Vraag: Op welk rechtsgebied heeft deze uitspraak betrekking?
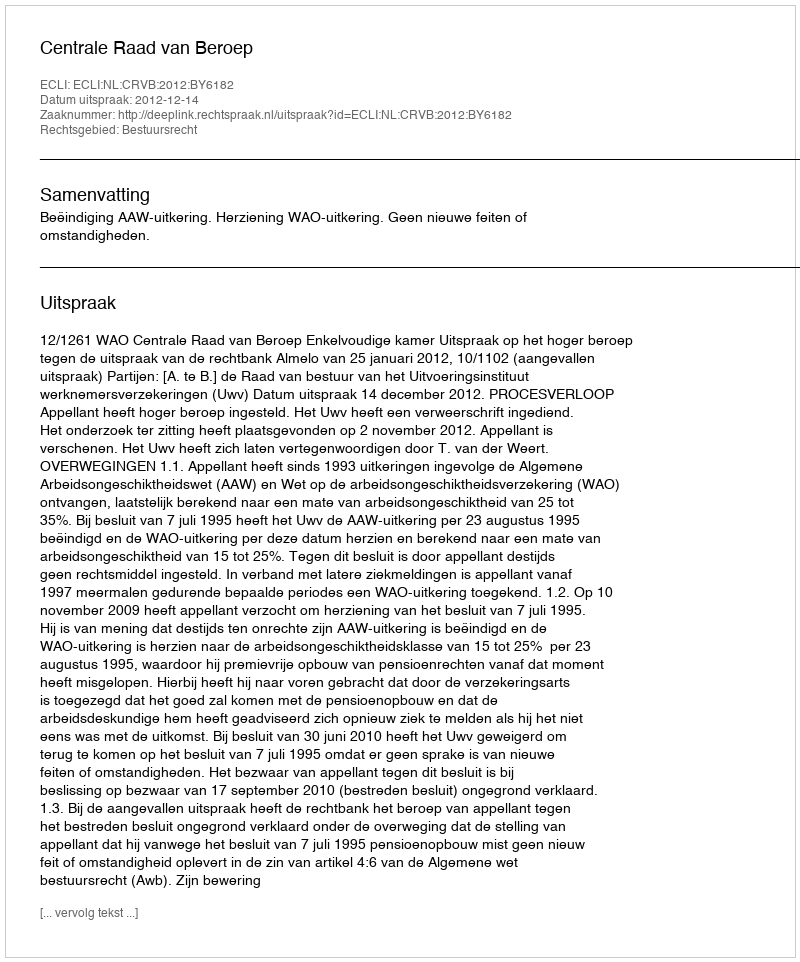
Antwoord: Bestuursrecht